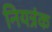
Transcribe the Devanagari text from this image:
नियत्रंक